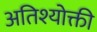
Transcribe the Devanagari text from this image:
अतिश्योक्ती